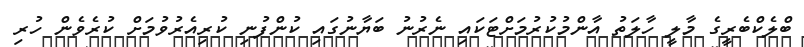
ބްލެކްބެރީގެ މާލީ ހާލަތު އާންމުކުރުމަށްޓަކައި ނެރުނު ބަޔާނުގައި ކުންފުނި ކުރިއެރުވުމަށް ކުރެވެން ހުރި